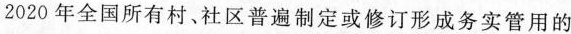
2020年全国所有村、社区普遍制定或修订形成务实管用的